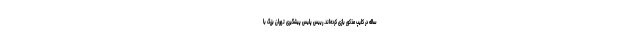
ساله در کلیپ مذکور بازی کرده‌اند. رییس پلیس پیشگیری تهران بزرگ با